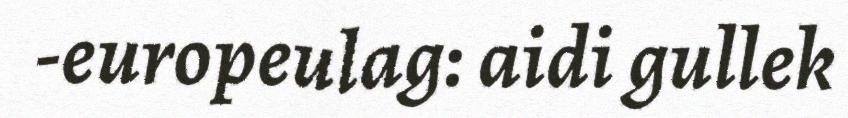
-europeulag: aidi gullek